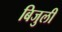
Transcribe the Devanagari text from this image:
बिजुली